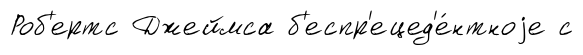
Роб'ертс Джеймса б'еспр'ецед'е́нтноjе с